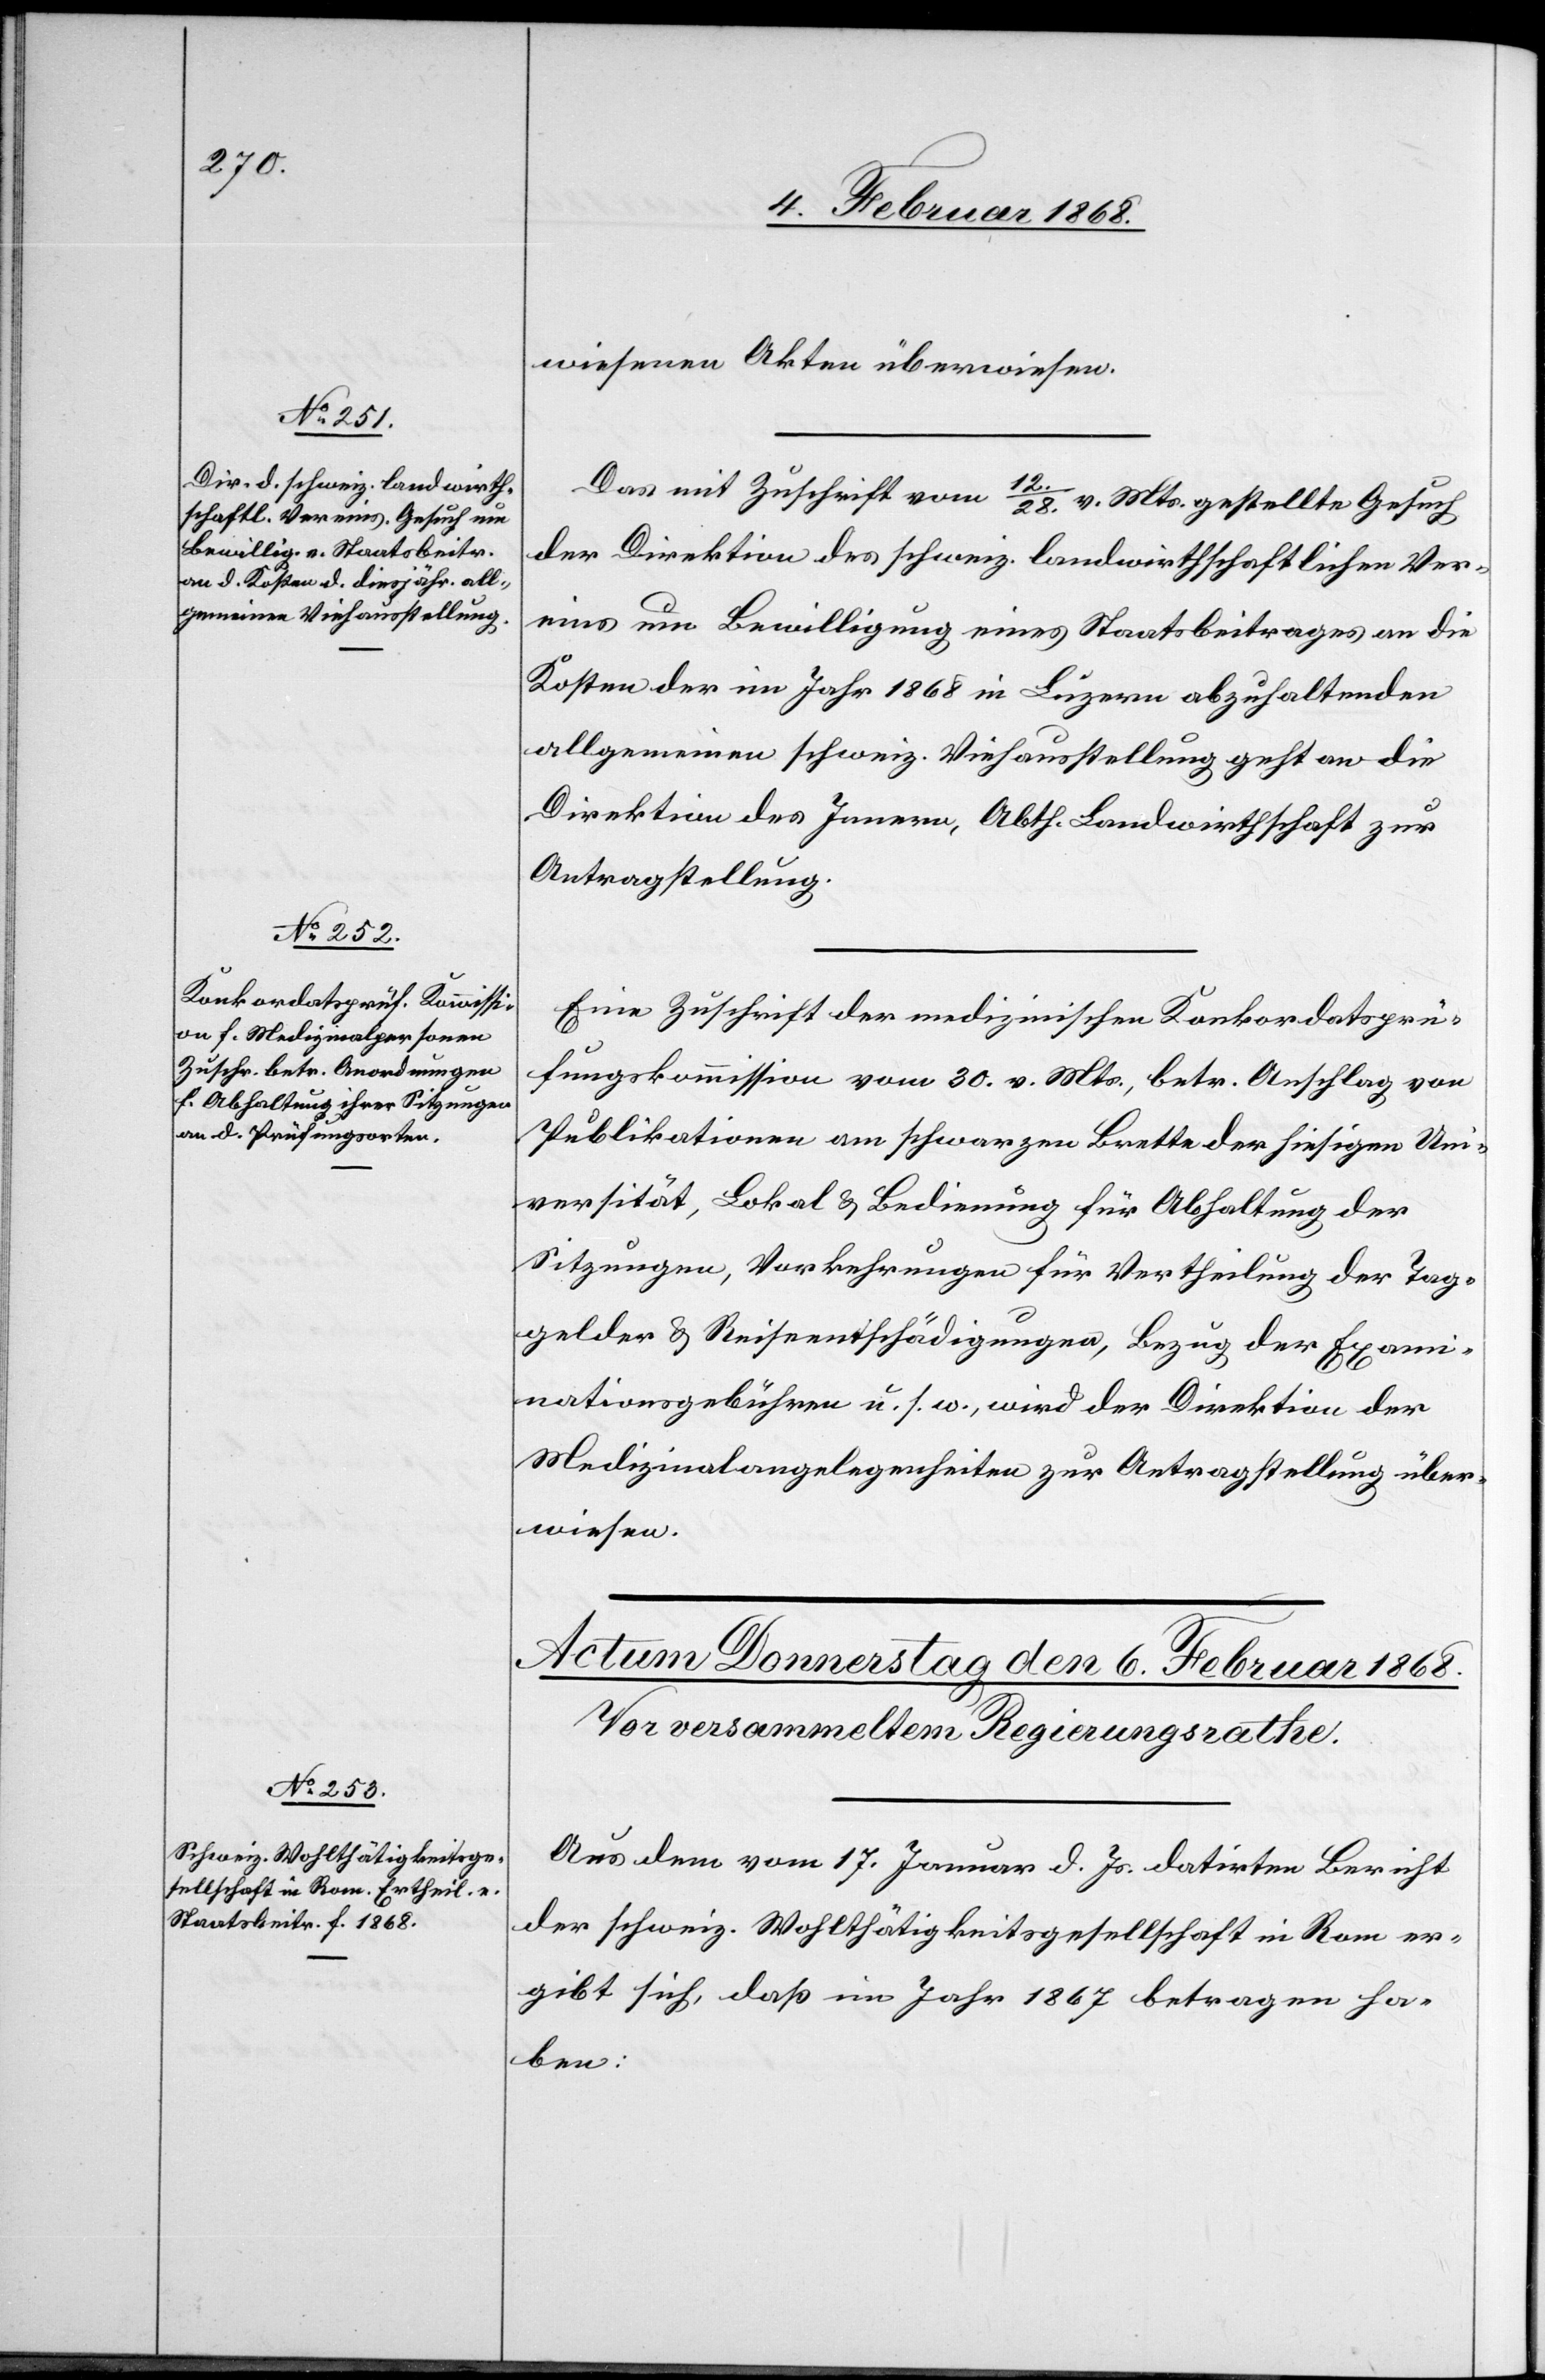
5. Februar 1868.]
wiesenen Akten überwiesen.
Das mit Zuschrift vom 12. / 28. v. Mts. gestellte Gesuch
der Direktion des schweiz. landwirthschaftlichen Ver¬
eins um Bewilligung eines Staatsbeitrages an die
Kosten der im Jahr 1868 in Luzern abzuhaltenden
allgemeinen schweiz. Viehausstellung geht an die
Direktion des Innern, Abth. Landwirthschaft zur
Antragstellung.
Eine Zuschrift der medizinischen Konkordatsprü¬
fungskommission vom 30. v. Mts., betr. Anschlag von
Publikationen am schwarzen Brette der hiesigen Uni¬
versität, Lokal & Bedienung für Abhaltung der
Sitzungen, Vorkehrungen für Vertheilung der Tag¬
gelder & Reiseentschädigungen, Bezug der Exami¬
nationsgebühren u. s. w., wird der Direktion der
Medizinalangelegenheiten zur Antragstellung über¬
wiesen.
Aus dem vom 17. Januar d. Js. datirten Bericht
der schweiz. Wohlthätigkeitsgesellschaft in Rom er¬
gibt sich, daß im Jahr 1867 betragen ha¬
ben: